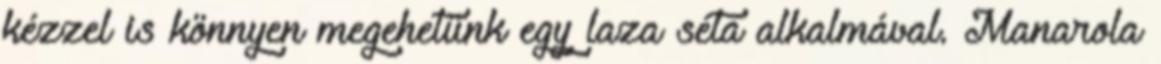
kézzel is könnyen megehetünk egy laza séta alkalmával. Manarola